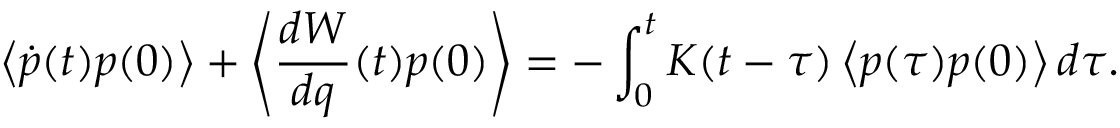
\left\langle \dot { p } ( t ) p ( 0 ) \right\rangle + \left\langle \frac { d W } { d q } ( t ) p ( 0 ) \right\rangle = - \int _ { 0 } ^ { t } K ( t - \tau ) \left\langle p ( \tau ) p ( 0 ) \right\rangle d \tau .